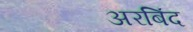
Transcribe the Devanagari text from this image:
अरबिंद